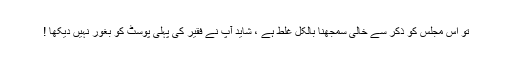
تو اس مجلس کو ذکر سے خالی سمجھنا بالکل غلط ہے ، شاید آپ نے فقیر کی پہلی پوسٹ کو بغور نہیں دیکھا !